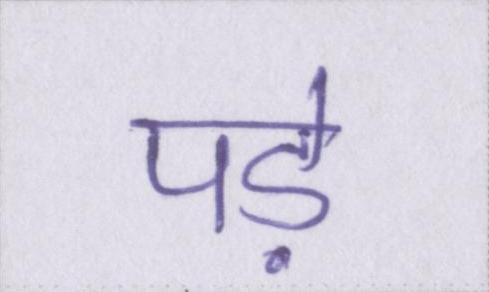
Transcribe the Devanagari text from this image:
पड़े